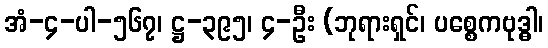
အံ-၄-ပါ-၅၆၇၊ ဋ္ဌ-၃၉၅၊ ၄-ဦး (ဘုရားရှင်၊ ပစ္စေကဗုဒ္ဓါ၊